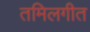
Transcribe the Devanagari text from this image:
तमिलगीत